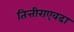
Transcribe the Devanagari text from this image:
तित्तीराएवढा